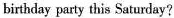
birthday party this Saturday?